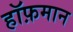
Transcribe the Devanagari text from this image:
हॉफ़मान